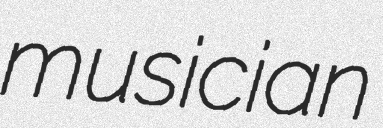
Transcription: musician